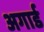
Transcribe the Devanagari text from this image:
अगार्ड